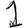
Digit: 1